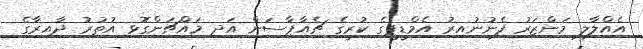
އެއްލާލި މަންޒަރު ފެނުނުއިރު އެމްޑީޕީގެ ކުރީގެ ޗެއާޕާސަން އަދި މައްޗަންގޮޅި އުތުރު ދާއިރާގެ